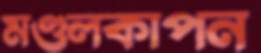
মণ্ডলকাপন